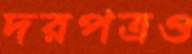
দরপত্রও